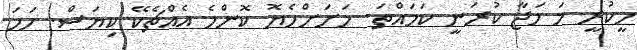
ހީކުރީ މަ މަޖާ ކުރަނީ ކަމައްތަ. މަށަށްހެޔޮ ކޮންމެ އެއްޗެކޭ ކިޔަސް. ހަމަ